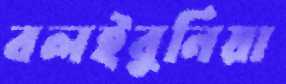
বলইবুনিয়া